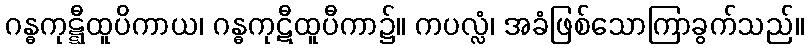
ဂန္ဓကုဋ္ဋီထူပိကာယ၊ ဂန္ဓကုဋီထူပီကာ၌။ ကပလ္လံ၊ အခံဖြစ်သောကြာခွက်သည်။